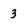
Character: 3